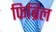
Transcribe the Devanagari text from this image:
फिब्रिल